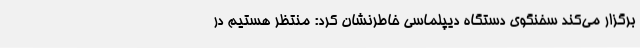
برگزار می‌کند سخنگوی دستگاه دیپلماسی خاطرنشان کرد: منتظر هستیم در